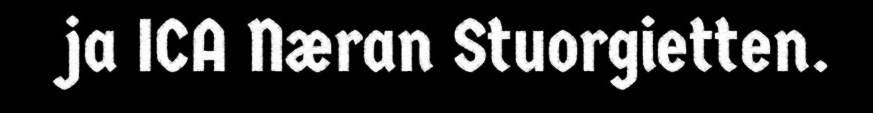
ja ICA Næran Stuorgietten.